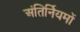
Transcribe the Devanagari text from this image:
अंतिर्नियमों